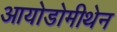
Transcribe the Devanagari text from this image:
आयोडोमीथेन